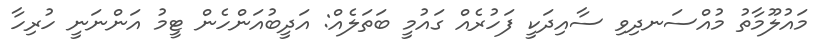
މައުލޫމާތު މުއްސަނދިވި ސާއިދަކީ ފަހުރެއް ގައުމީ ބަތަލެއް: އަދީބުއަންހެން ޓީމު އަންނަނީ ހުރިހާ